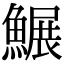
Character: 䱼